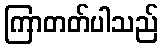
ကြာတတ်ပါသည်